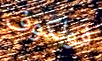
فولكوف